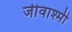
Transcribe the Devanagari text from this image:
जीवाश्मी